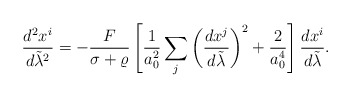
\begin{align*}{{d^2x^i}\over{d\tilde{\lambda}^2}}=-{F\over{\sigma+\varrho}}\left[{1\over a^2_0}\sum_j\left({{dx^j}\over{d\tilde{\lambda}}}\right)^2+{2\over a^4_0}\right]{{dx^i}\over{d\tilde{\lambda}}}.\end{align*}